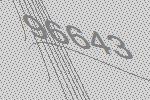
96643